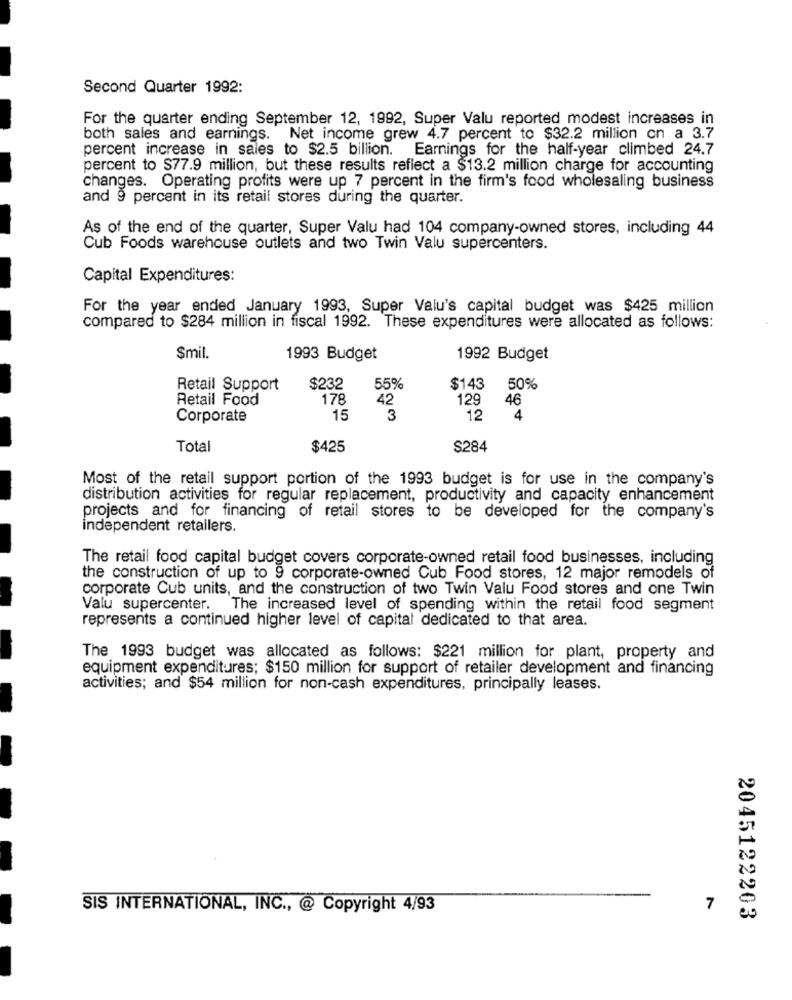
Second Quarter 1992:
For the quarter ending September 12, 1992, Super Valu reported modest increases in
both sales and earnings. Net income grew 4.7 percent to $32.2 million on a 3.7
percent increase in sales to $2.5 billion. Earnings for the half-year climbed 24.7
percent to $77.9 million, but these results reflect a $13.2 million charge for accounting
changes. Operating profits were up 7 percent in the firm's food wholesaling business
and 9 percent in its retail stores during the quarter.
As of the end of the quarter, Super Valu had 104 company-owned stores, including 44
Cub Foods warehouse outlets and two Twin Valu supercenters.
Capital Expenditures:
For the year ended January 1993, Super Valu's capital budget was $425 million
compared to $284 million in fiscal 1992. These expenditures were allocated as follows:
Smil.
1993 Budget
1992 Budget
Retail Support
$232
55%
$143
50%
Retail Food
178
42
46
129
Corporate
15
3
12
4
Total
$425
$284
Most of the retail support portion of the 1993 budget is for use in the company's
distribution activities for regular replacement, productivity and capacity enhancement
projects and for financing of retail stores to be developed for the company's
independent retailers.
The retail food capital budget covers corporate-owned retail food businesses, including
the construction of up to 9 corporate-owned Cub Food stores, 12 major remodels of
corporate Cub units, and the construction of two Twin Valu Food stores and one Twin
Valu supercenter. The increased level of spending within the retail food segment
represents a continued higher level of capital dedicated to that area.
The 1993 budget was allocated as follows: $221 million for plant, property and
equipment expenditures; $150 million for support of retailer development and financing
activities; and $54 million for non-cash expenditures, principally leases.
SIS INTERNATIONAL, INC ., @ Copyright 4/93
7
2045122203
-